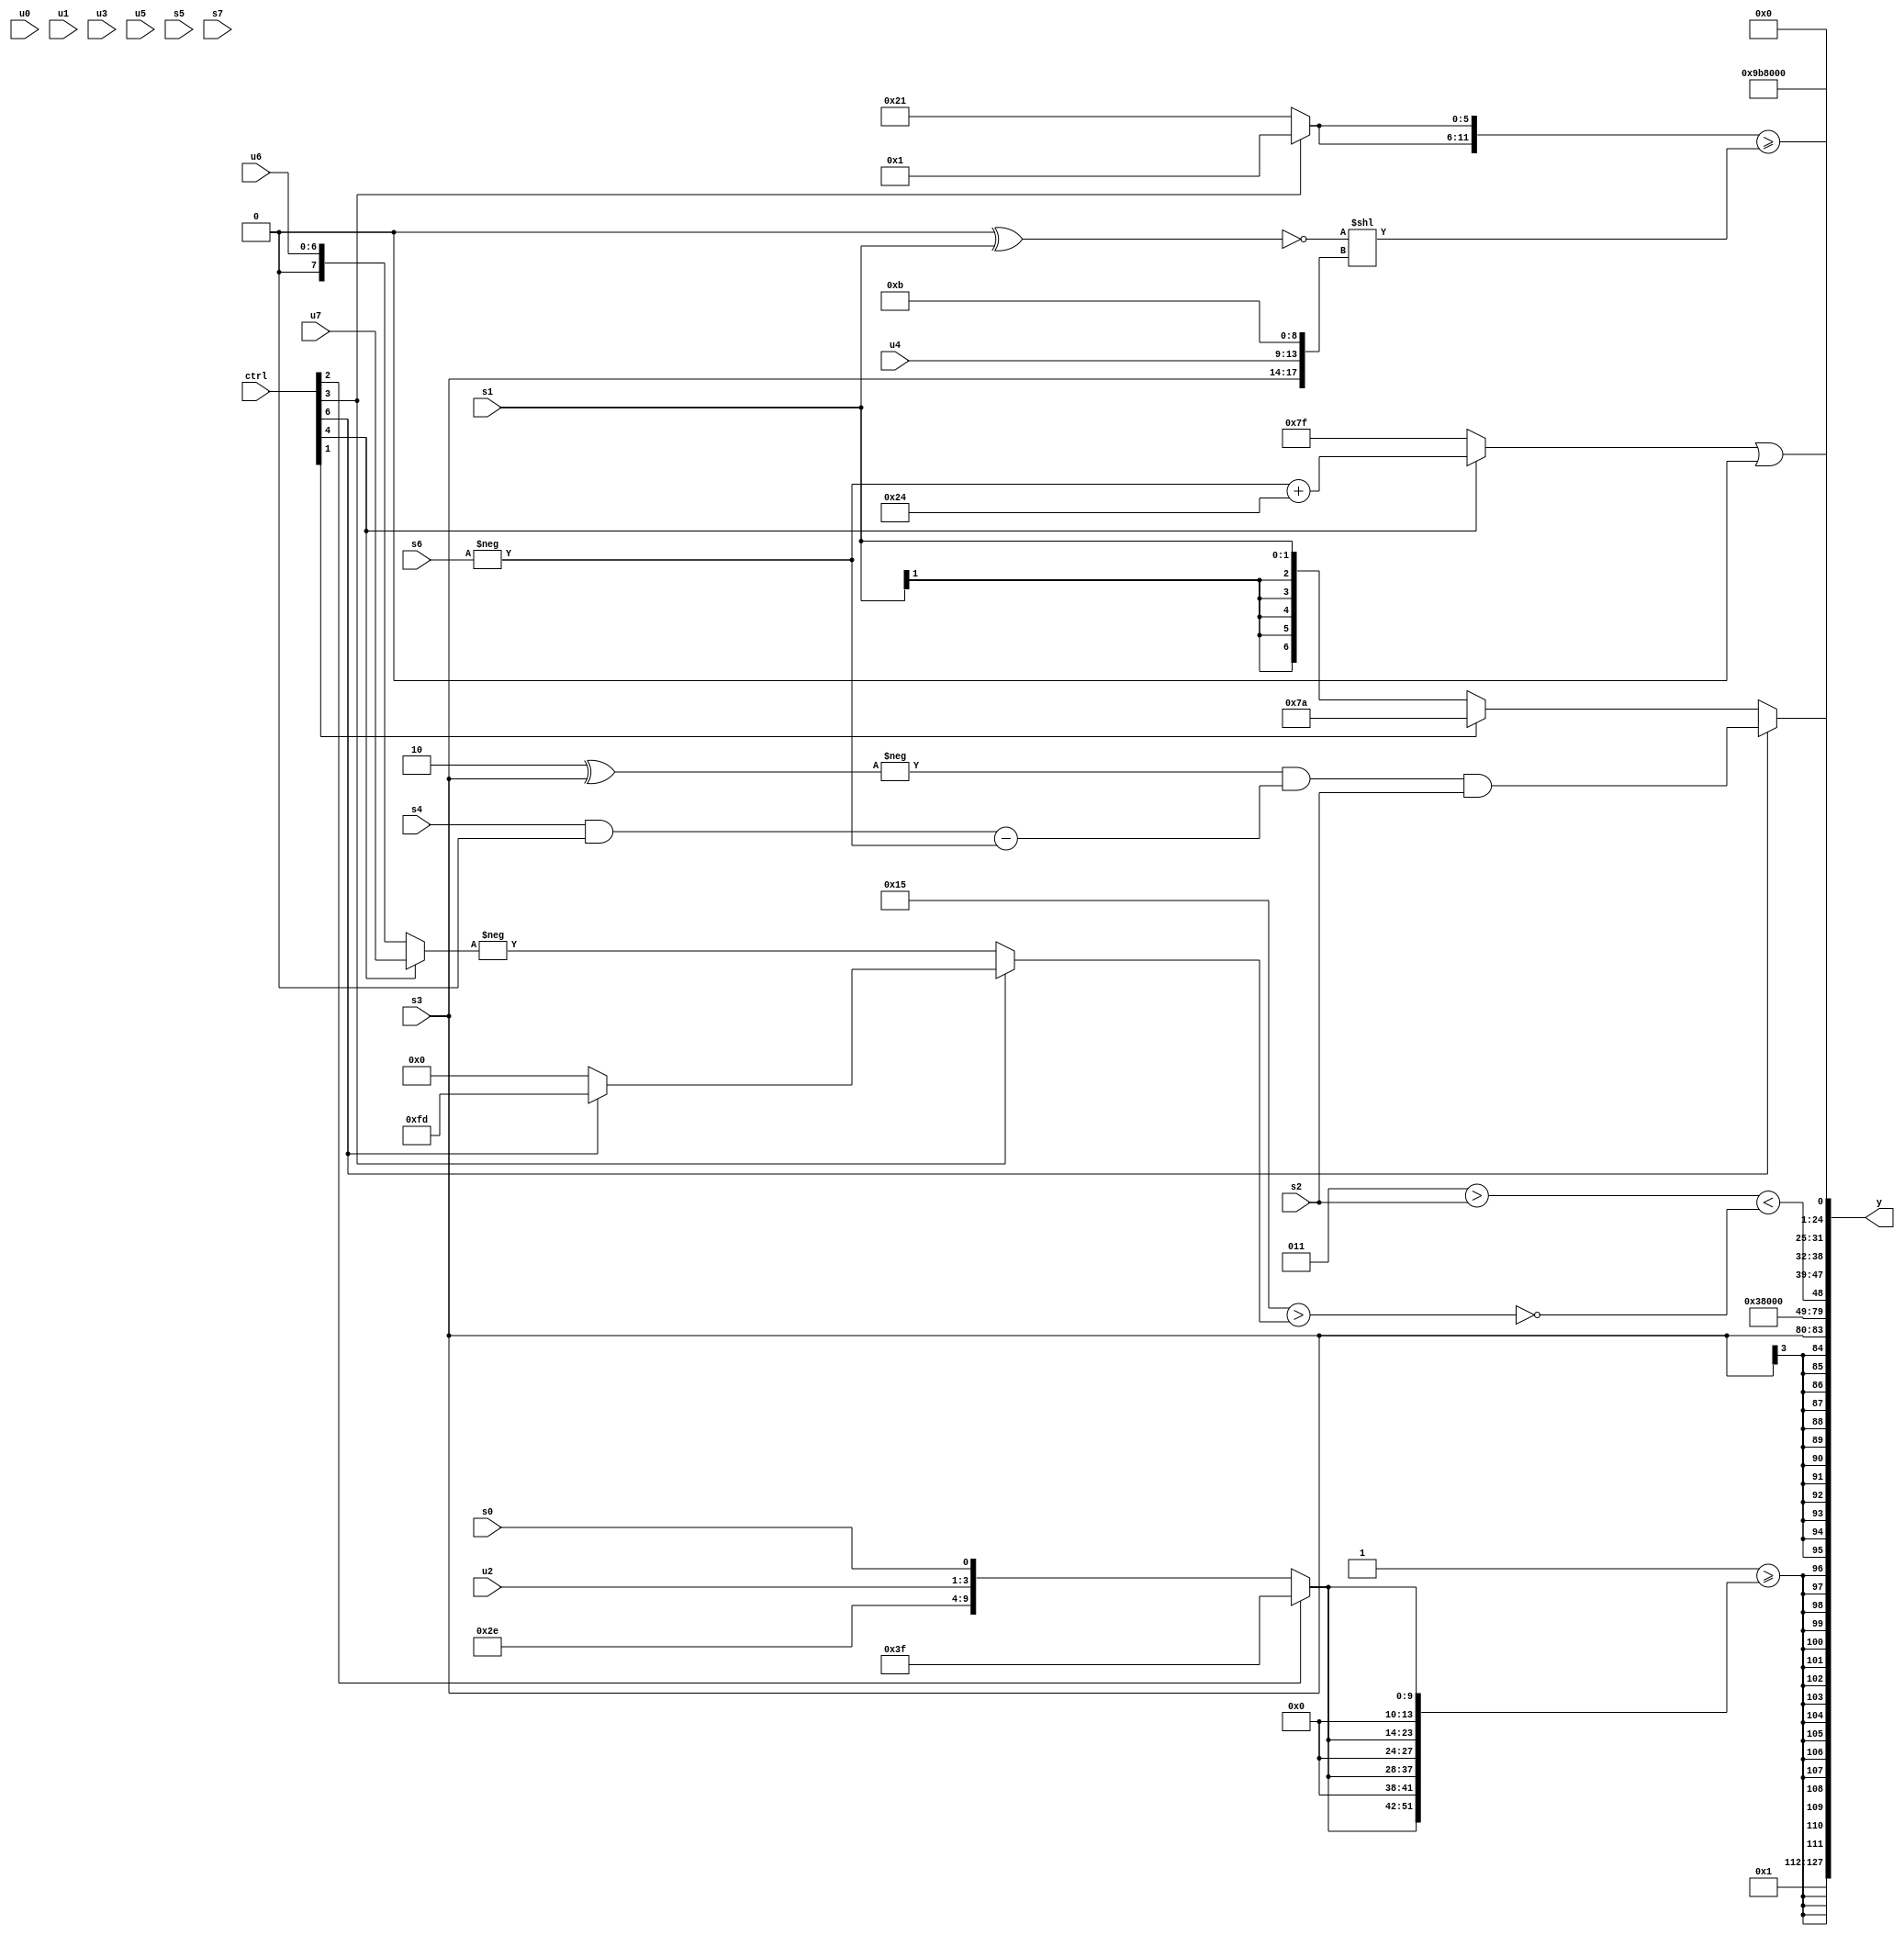
module wideexpr_00756(ctrl, u0, u1, u2, u3, u4, u5, u6, u7, s0, s1, s2, s3, s4, s5, s6, s7, y);
  input [7:0] ctrl;
  input [0:0] u0;
  input [1:0] u1;
  input [2:0] u2;
  input [3:0] u3;
  input [4:0] u4;
  input [5:0] u5;
  input [6:0] u6;
  input [7:0] u7;
  input signed [0:0] s0;
  input signed [1:0] s1;
  input signed [2:0] s2;
  input signed [3:0] s3;
  input signed [4:0] s4;
  input signed [5:0] s5;
  input signed [6:0] s6;
  input signed [7:0] s7;
  output [127:0] y;
  wire [15:0] y0;
  wire [15:0] y1;
  wire [15:0] y2;
  wire [15:0] y3;
  wire [15:0] y4;
  wire [15:0] y5;
  wire [15:0] y6;
  wire [15:0] y7;
  assign y = {y0,y1,y2,y3,y4,y5,y6,y7};
  assign y0 = 2'sb01;
  assign y1 = $signed((~&(3'sb101))>=({4{(ctrl[2]?6'b111111:{(5'sb10110)-((1'sb0)^(5'sb10101)),(5'sb01110)<<<((2'b11)+(1'b1)),$signed($signed(u2)),s0})}}));
  assign y2 = s3;
  assign y3 = {3{$signed((5'sb01000)>(1'sb1))}};
  assign y4 = ((4'sb0011)>(s2))<(~((5'sb10101)>((ctrl[3]?(ctrl[6]?3'sb101:(((4'sb0101)&(3'sb010))<<<(~&(2'sb00)))<<<(~^(6'sb110010))):$signed(+(-((ctrl[4]?u7:u6))))))));
  assign y5 = ({(ctrl[4]?+((-(s6))+(6'sb100100)):$signed(~&($signed(1'sb0))))})|(|(($signed(1'sb1))>>((+(|(2'sb11)))|((ctrl[5]?(s3)<=(4'sb1111):$signed(1'b0))))));
  assign y6 = {{(ctrl[6]?((-((5'sb11110)^(s3)))&(((s4)&(3'sb000))-(-(s6))))&($signed(s2)):(ctrl[1]?(6'sb000011)^~($signed(6'sb000110)):s1)),6'sb100110,3'b111}};
  assign y7 = |(({2{{1{(ctrl[3]?2'b01:6'b100001)}}}})>=((~((2'b00)^(s1)))<<({+(s3),+(u4),(s3)>>(4'sb1100),5'sb01011})));
endmodule